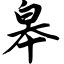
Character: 皋